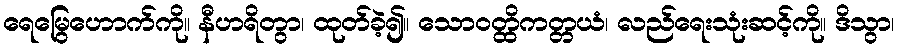
ရေမြွေဟောက်ကို။ နီဟရိတွာ၊ ထုတ်ခဲ့၍။ သောဝတ္ထိကတ္တယံ၊ လည်ရေးသုံးဆင့်ကို။ ဒိသွာ၊